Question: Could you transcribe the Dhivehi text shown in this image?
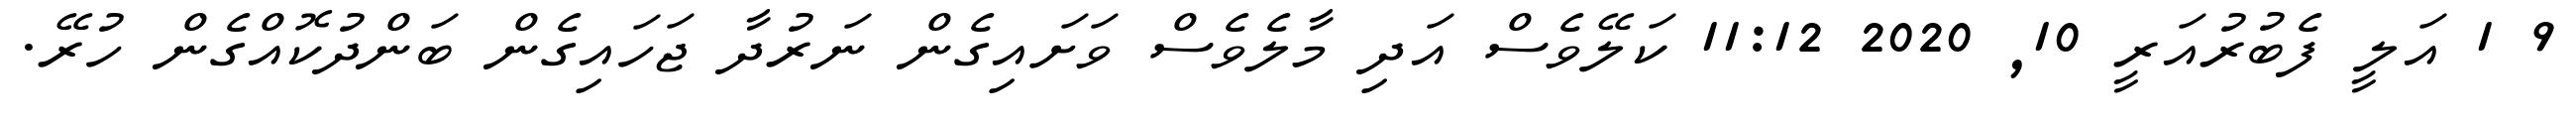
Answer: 9 1 އަލީ ފެބުރުއަރީ 10, 2020 11:12 ކަލޭވެސް އަދި މާލެވެސް ވަށައިގެން ނަރުދާ ޖަހައިގެން ބަންދުކޮއްގެން ހުރޭ.